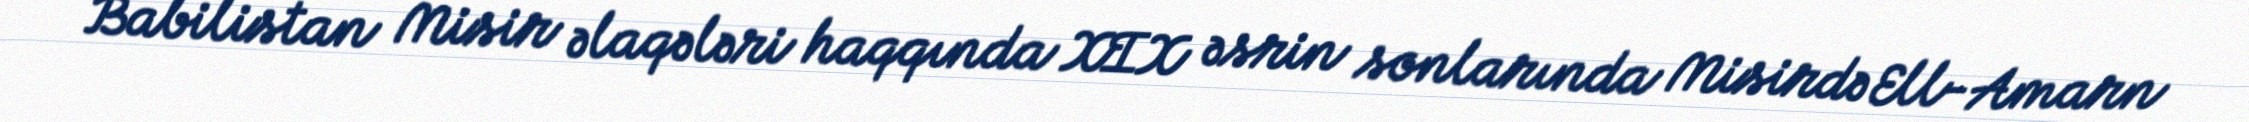
Babilistan Misir əlaqələri haqqında XIX əsrin sonlarında Misirdə Ell-Amarn